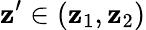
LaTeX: \mathbf{z}^{\prime}\in(\mathbf{z}_{1},\mathbf{z}_{2})